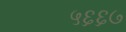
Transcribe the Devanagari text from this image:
५६६७